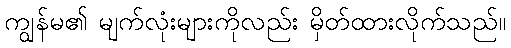
ကျွန်မ၏ မျက်လုံးများကိုလည်း မှိတ်ထားလိုက်သည်။